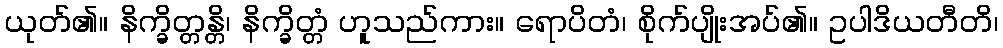
ယုတ်၏။ နိက္ခိတ္တန္တိ၊ နိက္ခိတ္တံ ဟူသည်ကား။ ရောပိတံ၊ စိုက်ပျိုးအပ်၏။ ဥပါဒိယတီတိ၊